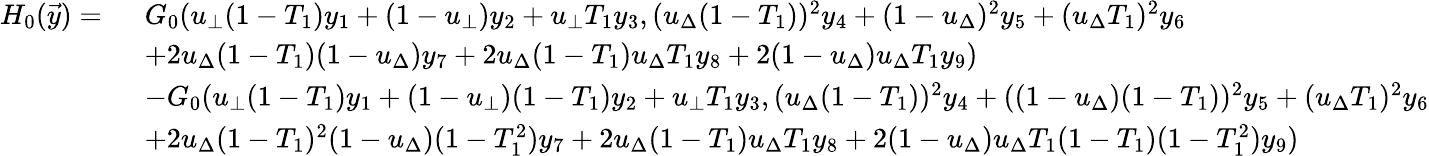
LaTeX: \begin{array}{rl}{H_{0}(\vec{y})=\ }&{G_{0}(u_{\bot}(1-T_{1})y_{1}+(1-u_{\bot})y_{2}+u_{\bot}T_{1}y_{3},(u_{\Delta}(1-T_{1}))^{2}y_{4}+(1-u_{\Delta})^{2}y_{5}+(u_{\Delta}T_{1})^{2}y_{6}}\\ &{+2u_{\Delta}(1-T_{1})(1-u_{\Delta})y_{7}+2u_{\Delta}(1-T_{1})u_{\Delta}T_{1}y_{8}+2(1-u_{\Delta})u_{\Delta}T_{1}y_{9})}\\ &{-G_{0}(u_{\bot}(1-T_{1})y_{1}+(1-u_{\bot})(1-T_{1})y_{2}+u_{\bot}T_{1}y_{3},(u_{\Delta}(1-T_{1}))^{2}y_{4}+((1-u_{\Delta})(1-T_{1}))^{2}y_{5}+(u_{\Delta}T_{1})^{2}y_{6}}\\ &{+2u_{\Delta}(1-T_{1})^{2}(1-u_{\Delta})(1-T_{1}^{2})y_{7}+2u_{\Delta}(1-T_{1})u_{\Delta}T_{1}y_{8}+2(1-u_{\Delta})u_{\Delta}T_{1}(1-T_{1})(1-T_{1}^{2})y_{9})}\end{array}